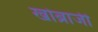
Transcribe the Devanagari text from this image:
खोब्राजी